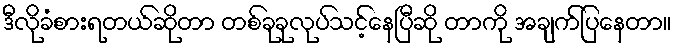
ဒီလိုခံစားရတယ်ဆိုတာ တစ်ခုခုလုပ်သင့်နေပြီဆို တာကို အချက်ပြနေတာ။